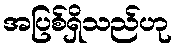
အပြစ်ရှိသည်ဟု